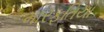
મારફતિયા